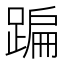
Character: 蹁